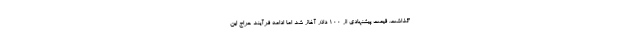
گذاشت. قیمت پیشنهادی از 100 دلار آغاز شد اما ادامه فرآیند حراج این